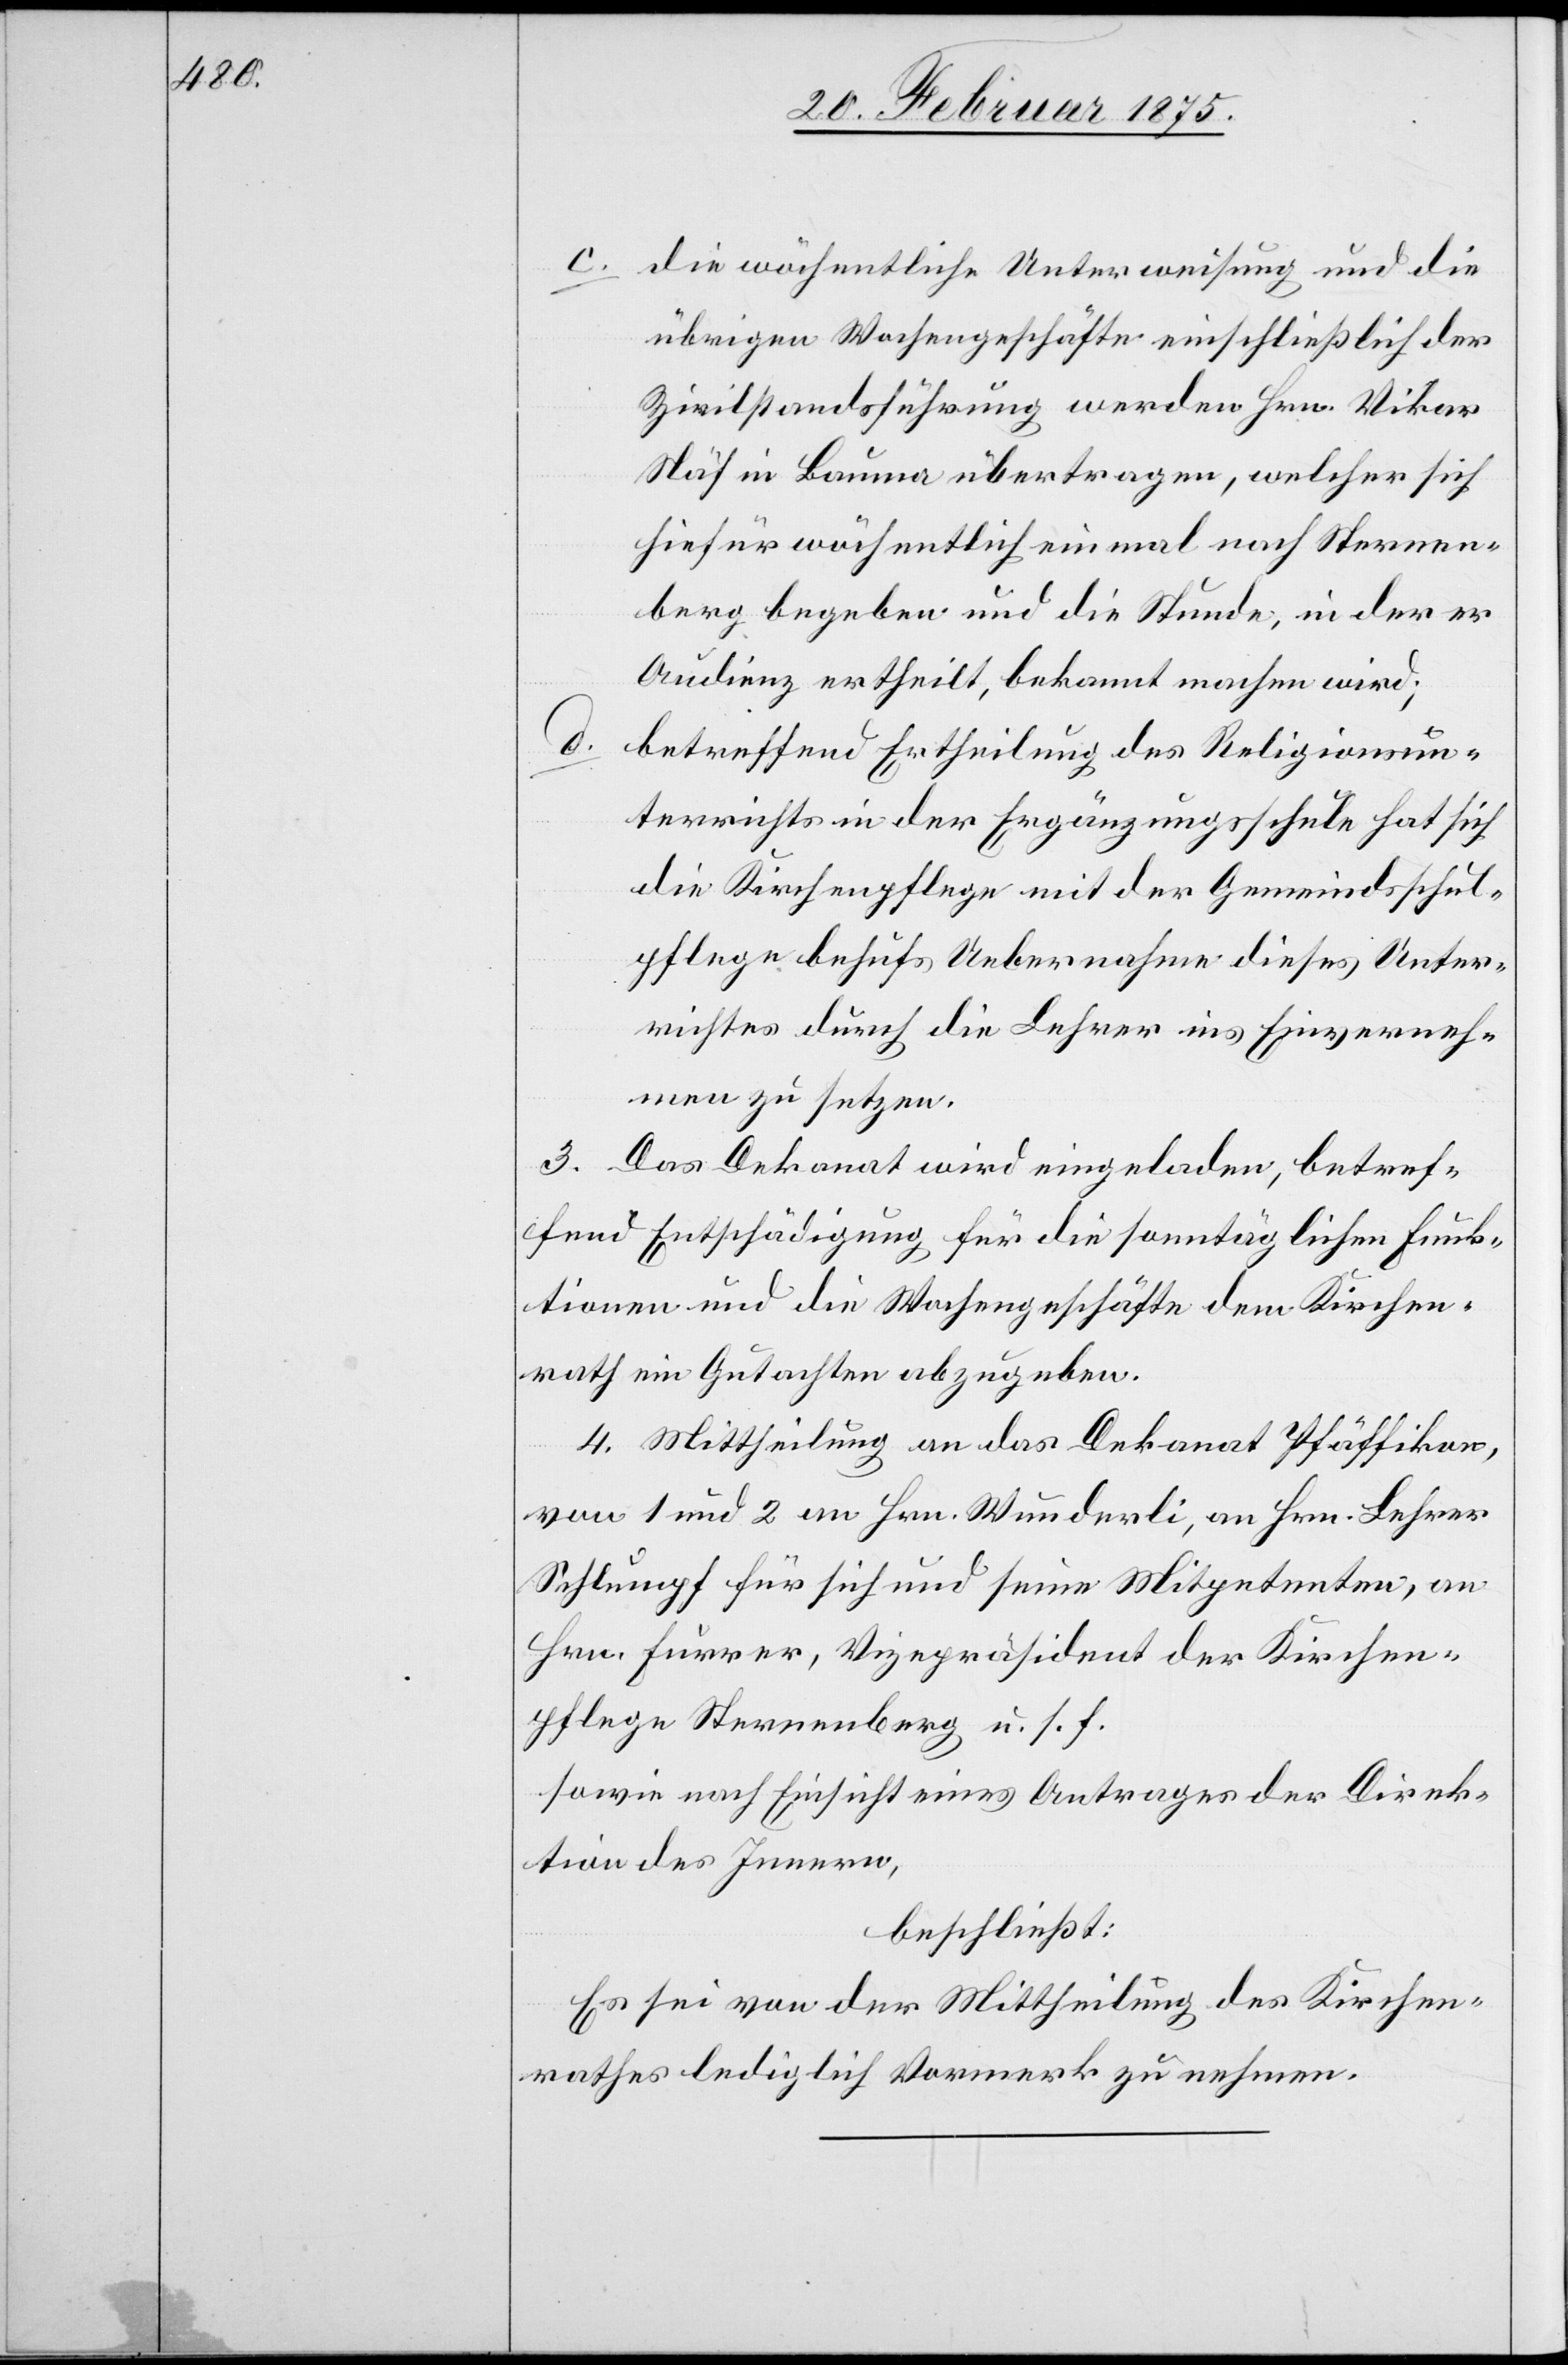
c. die wöchentliche Unterweisung und die
übrigen Wochengeschäfte einschließlich der
Zivilstandsführung werden Hrn. Vikar
Näf in Bauma übertragen, welcher sich
hiefür wöchentlich einmal nach Sternen¬
berg begeben und die Stunde, in der er
Audienz ertheilt, bekannt machen wird;
d.
betreffend Ertheilung des Religionsun¬
terrichts in der Ergänzungsschule hat sich
die Kirchenpflege mit der Gemeindsschul¬
pflege behufs Uebernahme dieses Unter¬
richtes durch die Lehrer ins Einverneh¬
men zu setzen.
3. Das Dekanat wird eingeladen, betref¬
fend Entschädigung für die sonntäglichen Funk¬
tionen und die Wochengeschäfte dem Kirchen¬
rath ein Gutachten abzugeben.
4. Mittheilung an das Dekanat Pfäffikon,
von 1 und 2 an Hrn. Wunderli, an Hrn. Lehrer
Schlumpf für sich und seine Mitpetenten, an
Hrn. Furrer, Vizepräsident der Kirchen¬
pflege Sternenberg u. s. f.
sowie nach Einsicht eines Antrages der Direk¬
tion des Innern,
beschließt:
Es sei von der Mittheilung des Kirchen¬
rathes lediglich Vormerk zu nehmen.